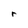
Character: r